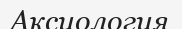
Аксиология